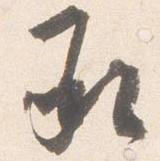
承